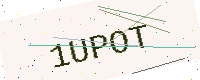
Text: 1UPOT